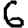
Digit: 6